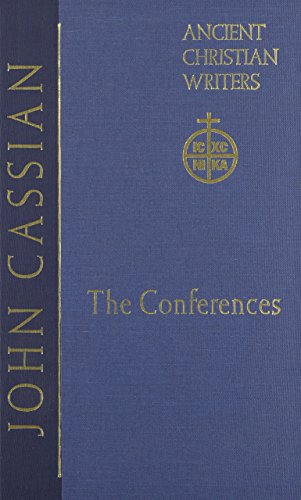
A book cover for The Institutes; St. John Cassian; Christian Books & Bibles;